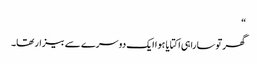
“
گھر توسارا ہی اکتایا ہوا ایک دوسرے سے بیزار تھا۔